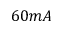
6 0 m A